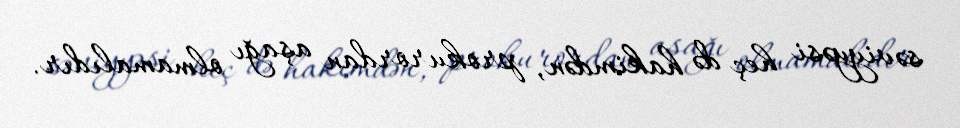
səviyyəsi heç də hakimdən, prokurordan aşağı olmamalıdır.